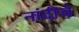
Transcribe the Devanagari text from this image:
नांदीचे